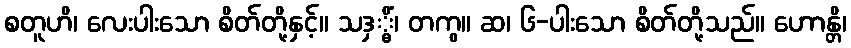
စတူဟိ၊ လေးပါးသော စိတ်တို့နှင့်။ သဒှ္ဓိံ၊ တကွ။ ဆ၊ ၆-ပါးသော စိတ်တို့သည်။ ဟောန္တိ၊